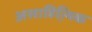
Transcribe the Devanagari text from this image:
असाहित्यि़क